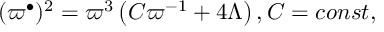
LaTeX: ( \varpi ^ { \bullet } ) ^ { 2 } = \varpi ^ { 3 } \left( C \varpi ^ { - 1 } + 4 \Lambda \right) , C = c o n s t ,